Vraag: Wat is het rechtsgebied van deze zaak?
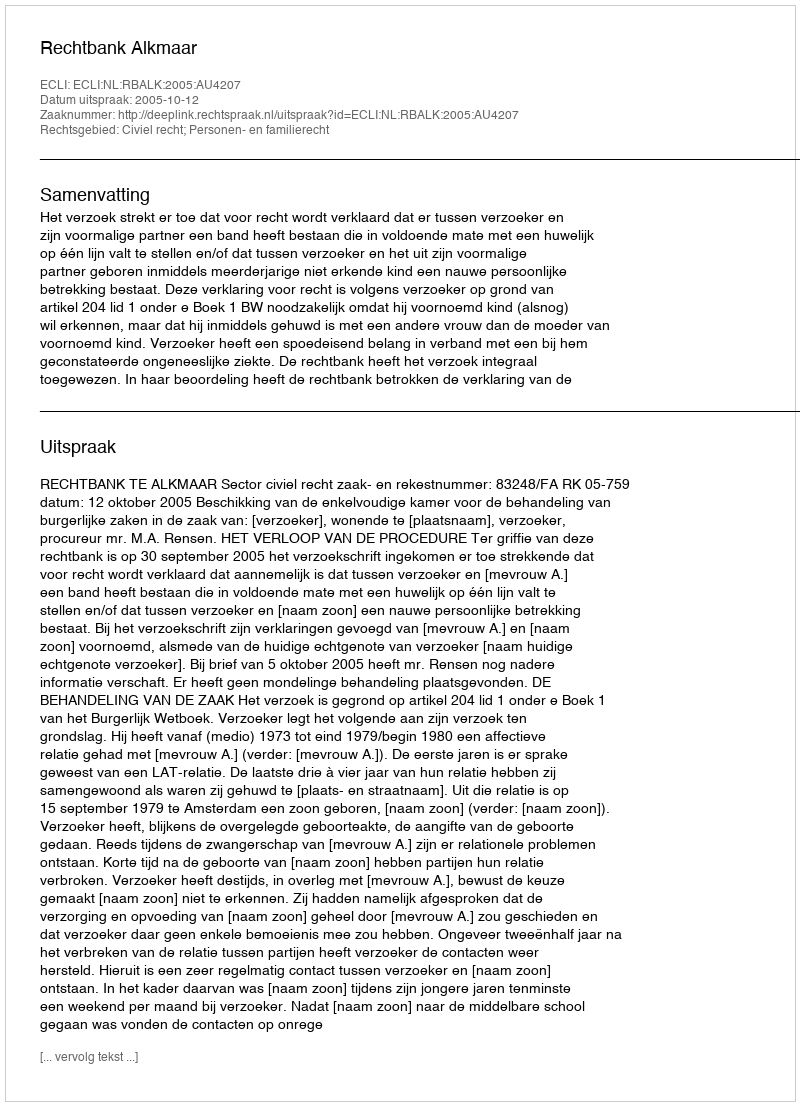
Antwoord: Civiel recht; Personen- en familierecht